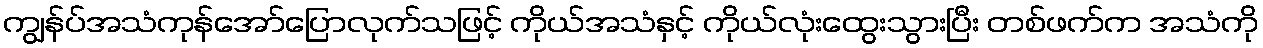
ကျွန်ပ်အသံကုန်အော်ပြောလုက်သဖြင့် ကိုယ်အသံနှင့် ကိုယ်လုံးထွေးသွားပြီး တစ်ဖက်က အသံကို